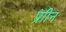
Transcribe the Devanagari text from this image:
प्राीन